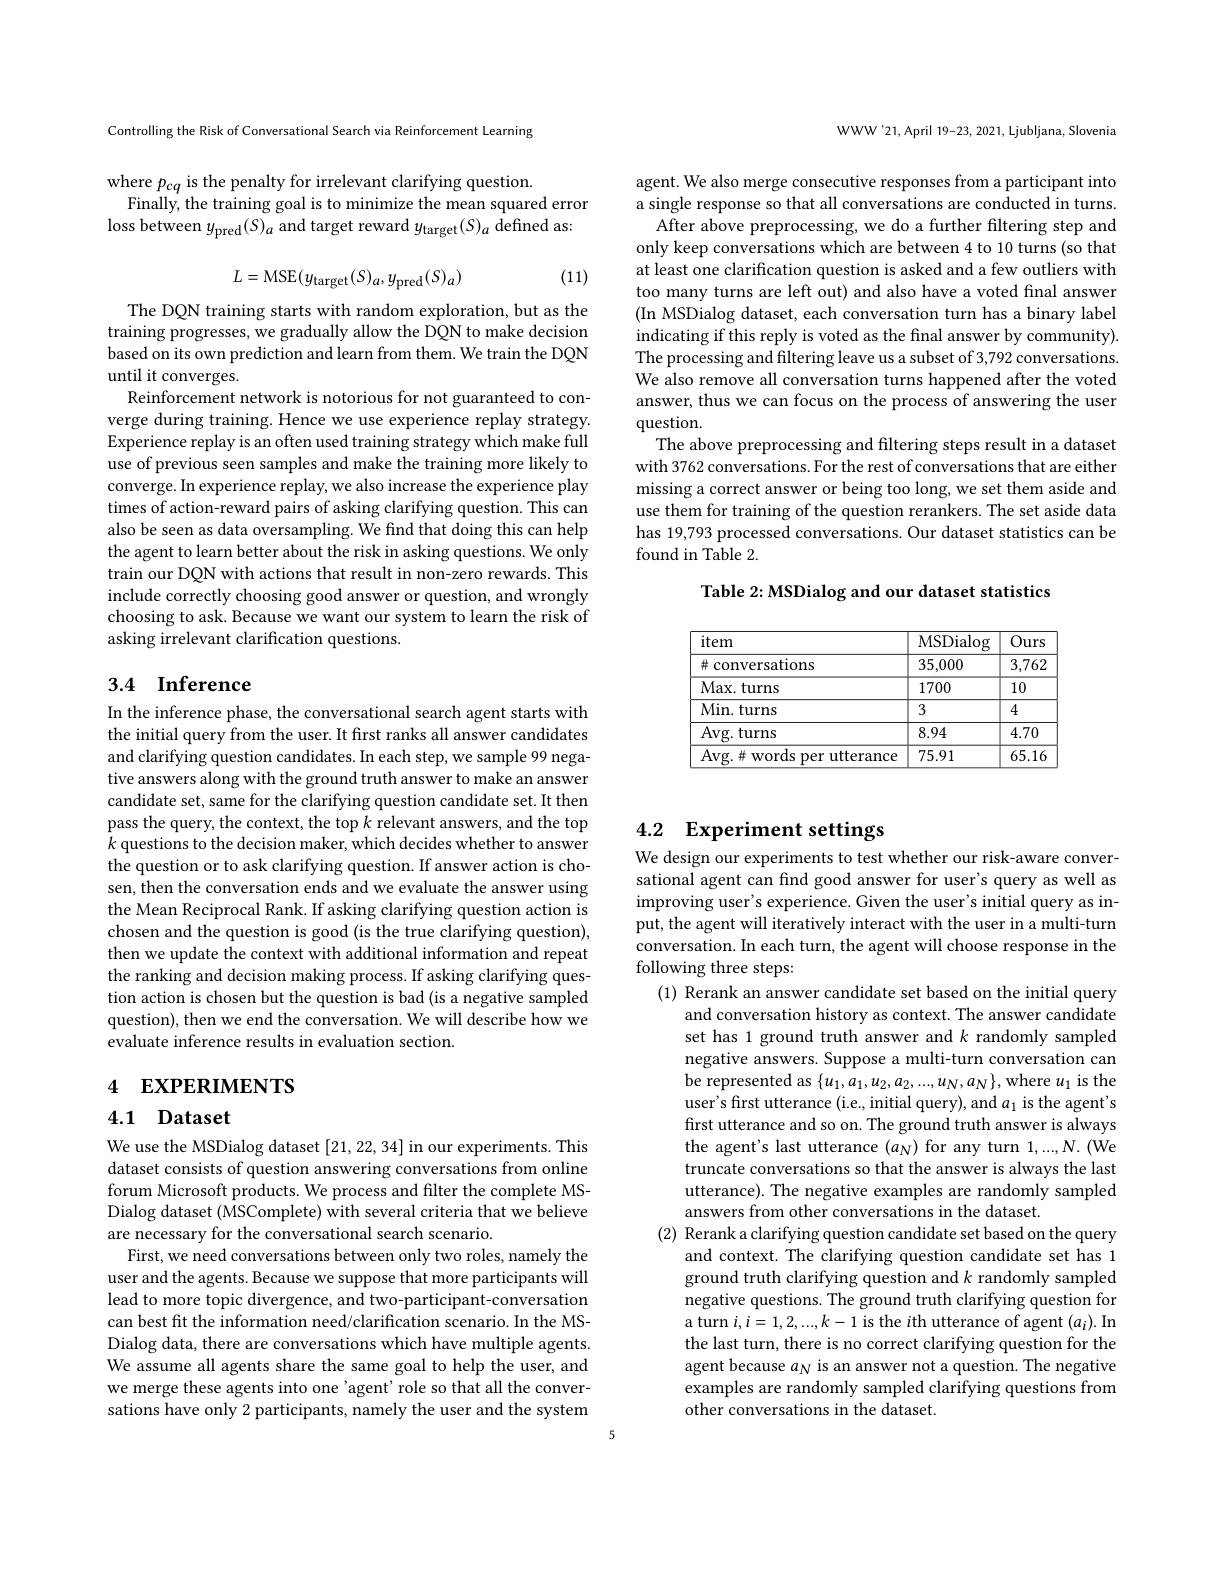
Controlling the Risk of Conversational Search via Reinforcement Learning

where $p_{cq}$ is the penalty for irrelevant clarifying question.
Finally, the training goal is to minimize the mean squared error loss between $y_\mathrm{pred}(S)_a$ and target reward $y_\mathrm{target}(S)_a$ defined as:

(11)
$$L=\mathrm{MSE}(y_{\mathrm{target}}(S)_{a},y_{\mathrm{pred}}(S)_{a})$$
The DQN training starts with random exploration, but as the training progresses, we gradually allow the DQN to make decision based on its own prediction and learn from them. We train the DQN until it converges.
Reinforcement network is notorious for not guaranteed to converge during training. Hence we use experience replay strategy. Experience replay is an often used training strategy which make full use of previous seen samples and make the training more likely to converge. In experience replay, we also increase the experience play times of action-reward pairs of asking clarifying question. This can also be seen as data oversampling. We find that doing this can help the agent to learn better about the risk in asking questions. We only train our DQN with actions that result in non-zero rewards. This include correctly choosing good answer or question, and wrongly choosing to ask. Because we want our system to learn the risk of asking irrelevant clarification questions.

# 3.4 Inference

In the inference phase, the conversational search agent starts with the initial query from the user. It first ranks all answer candidates and clarifying question candidates. In each step, we sample 99 negative answers along with the ground truth answer to make an answer candidate set, same for the clarifying question candidate set. It then pass the query, the context, the top $k$ relevant answers, and the top $k$ questions to the decision maker, which decides whether to answer the question or to ask clarifying question. If answer action is chosen, then the conversation ends and we evaluate the answer using the Mean Reciprocal Rank. If asking clarifying question action is chosen and the question is good (is the true clarifying question), then we update the context with additional information and repeat the ranking and decision making process. If asking clarifying question action is chosen but the question is bad (is a negative sampled question), then we end the conversation. We will describe how we evaluate inference results in evaluation section.

# 4 EXPERIMENTS

# 4.1 Dataset

We use the MSDialog dataset [21,22,34] in our experiments. This dataset consists of question answering conversations from online forum Microsoft products. We process and filter the complete MSDialog dataset (MSComplete) with several criteria that we believe are necessary for the conversational search scenario.
First, we need conversations between only two roles, namely the user and the agents. Because we suppose that more participants will lead to more topic divergence, and two-participant-conversation can best fit the information need/clarification scenario. In the MSDialog data, there are conversations which have multiple agents We assume all agents share the same goal to help the user, and we merge these agents into one 'agent' role so that all the conversations have only 2 participants, namely the user and the system

WWW'21,April 19-23, 2021, Ljubljana, Slovenia

agent. We also merge consecutive responses from a participant into a single response so that all conversations are conducted in turns.
After above preprocessing, we do a further filtering step and only keep conversations which are between 4 to 10 turns (so that at least one clarification question is asked and a few outliers with too many turns are left out) and also have a voted final answer (In MSDialog dataset, each conversation turn has a binary label indicating if this reply is voted as the final answer by community). The processing and filtering leave us a subset of 3,792 conversations. We also remove all conversation turns happened after the voted answer, thus we can focus on the process of answering the user question.
The above preprocessing and filtering steps result in a dataset with 3762 conversations. For the rest of conversations that are either missing a correct answer or being too long, we set them aside and use them for training of the question rerankers. The set aside data has 19,793 processed conversations. Our dataset statistics can be found in Table 2.

Table 2: MSDialog and our dataset statistics

<table>
	<tbody>
		<tr>
			<th>item</th>
			<th>MSDialog</th>
			<th>Ours</th>
		</tr>
		<tr>
			<td># conversations</td>
			<td>35,000</td>
			<td>3,762</td>
		</tr>
		<tr>
			<td>Max. turns</td>
			<td>1700</td>
			<td>10</td>
		</tr>
		<tr>
			<td>Min. turns</td>
			<td>3</td>
			<td>4</td>
		</tr>
		<tr>
			<td>Avg. turns</td>
			<td>8.94</td>
			<td>4.70</td>
		</tr>
		<tr>
			<td>Avg. $\#$words per utterance</td>
			<td>75.91</td>
			<td>65.16</td>
		</tr>
	</tbody>
</table>

# 4.2 Experiment settings We design our experiments to test whether our risk-aware conver-

sational agent can find good answer for user's query as well as improving user's experience. Given the user's initial query as input, the agent will iteratively interact with the user in a multi-turn conversation. In each turn, the agent will choose response in the following three steps:
(1) Rerank an answer candidate set based on the initial query
and conversation history as context. The answer candidate set has 1 ground truth answer and $k$ randomly sampled negative answers. Suppose a multi-turn conversation can be represented as $\{u_1,a_1,u_2,a_2,...,u_N,a_N\}$,where $u_1$ is the user's first utterance (i.e., initial query), and $a_1$ is the agent's first utterance and so on. The ground truth answer is always the agent's last utterance $(a_N)$ for any turn 1,...,N.(We truncate conversations so that the answer is always the last utterance). The negative examples are randomly sampled answers from other conversations in the dataset.
(2) Rerank a clarifying question candidate set based on the query
and context. The clarifying question candidate set has 1 ground truth clarifying question and $k$ randomly sampled negative questions. The ground truth clarifying question for a turn $i,i=1,2,...,k-1$ is the $i$th utterance of agent $(a_i).$ In the last turn, there is no correct clarifying question for the agent because $a_N$ is an answer not a question. The negative examples are randomly sampled clarifying questions from other conversations in the dataset.